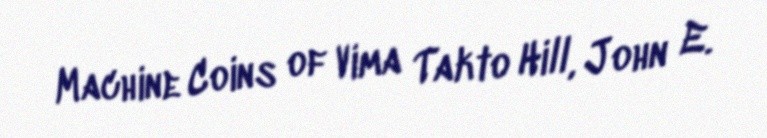
Machine Coins of Vima Takto Hill, John E.